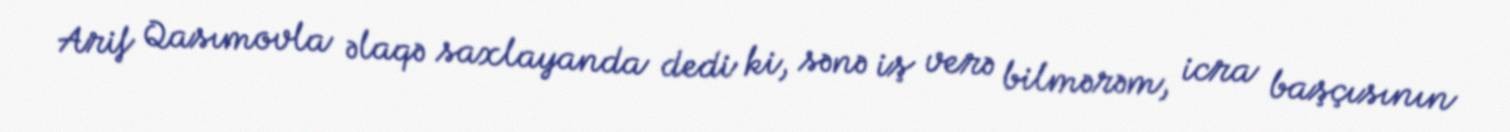
Arif Qasımovla əlaqə saxlayanda dedi ki, sənə iş verə bilmərəm, icra başçısının